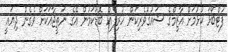
ފުޓްބޯޅަ ކުޅުމަށް އާޒިމްގެ ޝައުގުވެރިކަން ހުރިލެއް ބޮޑުކަމުން އޭގެ ނަތީޖާއަކަށް ވެގެން ދިޔައީ